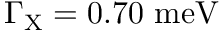
\Gamma _ { \mathrm { { X } } } = 0 . 7 0 ~ \mathrm { { m e V } }